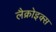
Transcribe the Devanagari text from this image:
लैक्रोइक्स